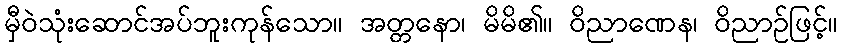
မှီဝဲသုံးဆောင်အပ်ဘူးကုန်သော။ အတ္တနော၊ မိမိ၏။ ဝိညာဏေန၊ ဝိညာဉ်ဖြင့်။